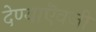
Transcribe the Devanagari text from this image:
देण्याऎवजी